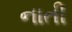
નાતી